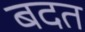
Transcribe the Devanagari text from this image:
बदत